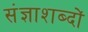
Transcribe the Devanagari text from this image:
संज्ञाशब्दों